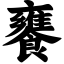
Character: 饔